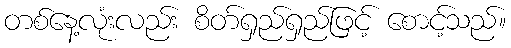
တစ်နေ့လုံးလည်း စိတ်ရှည်ရှည်ဖြင့် စောင့်သည်။